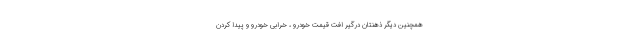
همچنین دیگر ذهنتان درگیر افت قیمت خودرو ، خرابی خودرو و پیدا کردن